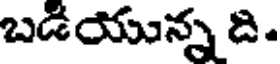
బడియున్న ది.